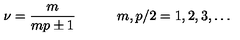
\nu = \frac { m } { m p \pm 1 } \qquad \quad m , p / 2 = 1 , 2 , 3 , \ldots